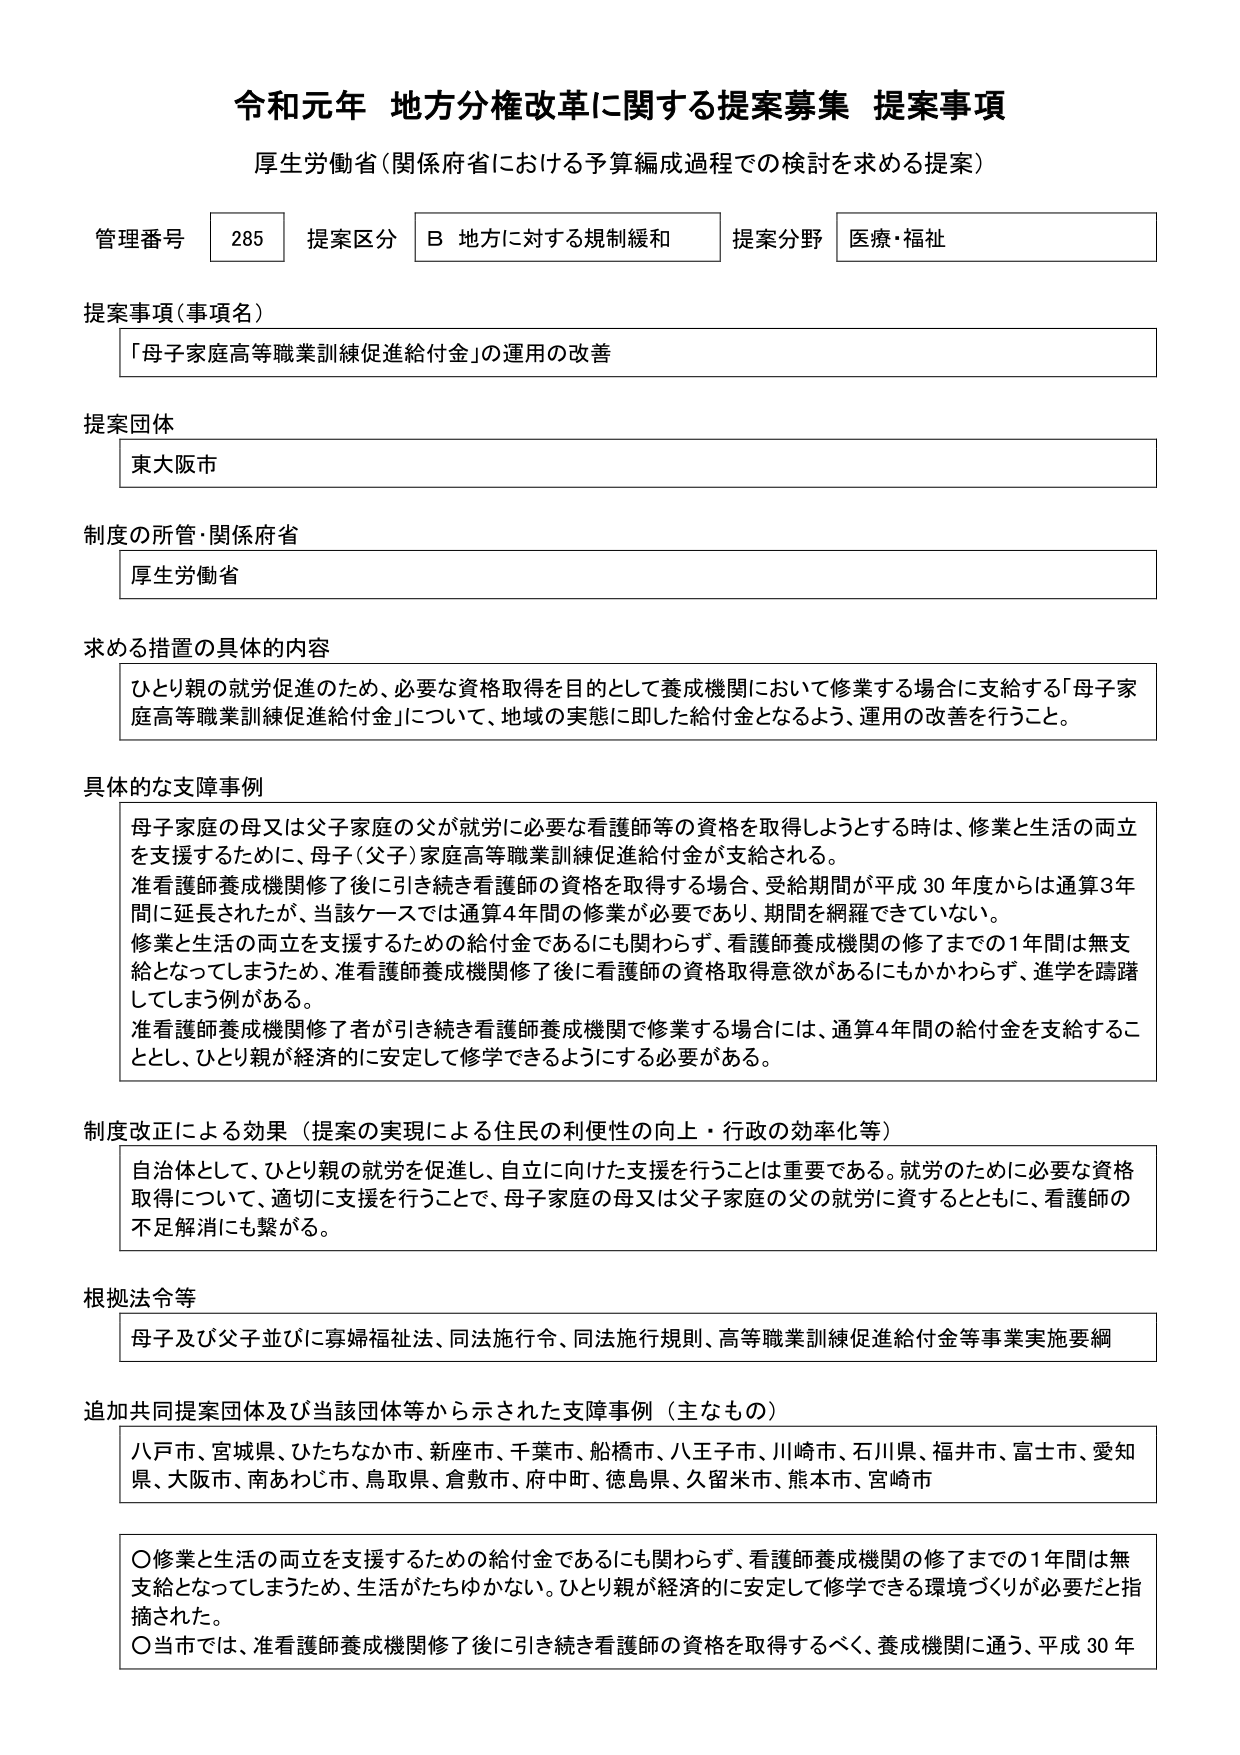
令和元年 地方分権改革に関する提案募集 提案事項
厚生労働省（関係府省における予算編成過程での検討を求める提案）

管理番号 285 提案区分 B 地方に対する規制緩和 提案分野 医療・福祉

提案事項（事項名）
「母子家庭高等職業訓練促進給付金」の運用の改善

提案団体
東大阪市

制度の所管・関係府省
厚生労働省

求める措置の具体的内容
ひとり親の就労促進のため、必要な資格取得を目的として養成機関において修業する場合に支給する「母子家庭高等職業訓練促進給付金」について、地域の実態に即した給付金となるよう、運用の改善を行うこと。

具体的な支障事例
母子家庭の母又は父子家庭の父が就労に必要な看護師等の資格を取得しようとする時は、修業と生活の両立を支援するために、母子（父子）家庭高等職業訓練促進給付金が支給される。
准看護師養成機関修了後に引き続き看護師の資格を取得する場合、受給期間が平成30年度からは通算3年間に延長されたが、当該ケースでは通算4年間の修業が必要であり、期間を網羅できていない。
修業と生活の両立を支援するための給付金であるにも関わらず、看護師養成機関の修了までの1年間は無支給となってしまうため、准看護師養成機関修了後に看護師の資格取得意欲があるにもかかわらず、進学を躊躇してしまう例がある。
准看護師養成機関修了者が引き続き看護師養成機関で修業する場合には、通算4年間の給付金を支給することとし、ひとり親が経済的に安定して修学できるようにする必要がある。

制度改正による効果（提案の実現による住民の利便性の向上・行政の効率化等）
自治体として、ひとり親の就労を促進し、自立に向けた支援を行うことは重要である。就労のために必要な資格取得について、適切に支援を行うことで、母子家庭の母又は父子家庭の父の就労に資するとともに、看護師の不足解消にも繋がる。

根拠法令等
母子及び父子並びに寡婦福祉法、同法施行令、同法施行規則、高等職業訓練促進給付金等事業実施要綱

追加共同提案団体及び当該団体等から示された支障事例（主なもの）
八戸市、宮城県、ひたちなか市、新座市、千葉市、船橋市、八王子市、川崎市、石川県、福井市、富士市、愛知県、大阪市、南あわじ市、鳥取県、倉敷市、府中町、徳島県、久留米市、熊本市、宮崎市

〇修業と生活の両立を支援するための給付金であるにも関わらず、看護師養成機関の修了までの1年間は無支給となってしまうため、生活がたたきゆかない。ひとり親が経済的に安定して修学できる環境づくりが必要だと指摘された。
〇当市では、准看護師養成機関修了後に引き続き看護師の資格を取得するべく、養成機関に通う、平成30年